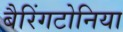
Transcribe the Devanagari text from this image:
बैरिंगटोनिया